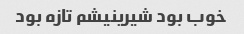
خوب بود شیرینیشم تازه بود